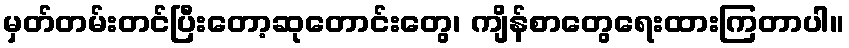
မှတ်တမ်းတင်ပြီးတော့ဆုတောင်းတွေ၊ ကျိန်စာတွေရေးထားကြတာပါ။